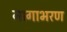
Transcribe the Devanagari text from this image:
नागाभरण